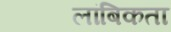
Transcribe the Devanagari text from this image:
लांबिकता